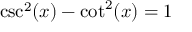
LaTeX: \csc ^ { 2 } ( x ) - \cot ^ { 2 } ( x ) = 1